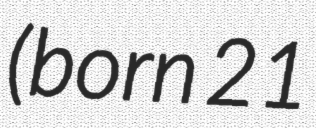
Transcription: (born 21